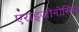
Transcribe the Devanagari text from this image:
एराइजोनोसिस